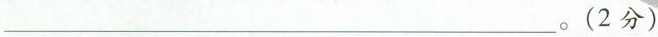
___。(2分)